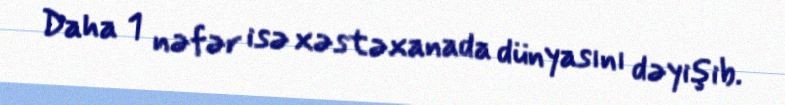
Daha 1 nəfər isə xəstəxanada dünyasını dəyişib.